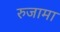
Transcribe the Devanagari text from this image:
रुजामा